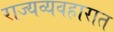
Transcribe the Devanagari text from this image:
राज्यव्यवहारात